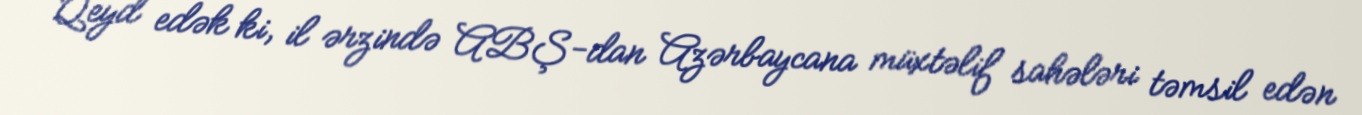
Qeyd edək ki, il ərzində ABŞ-dan Azərbaycana müxtəlif sahələri təmsil edən